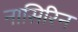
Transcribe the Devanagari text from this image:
नासिरिन